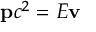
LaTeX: \mathbf { p } c ^ { 2 } = E \mathbf { v }